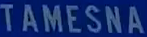
TAMESNA